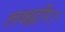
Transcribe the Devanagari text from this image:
लक्षद्वीप।